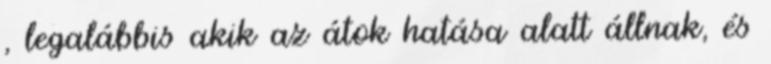
, legalábbis akik az átok hatása alatt állnak, és